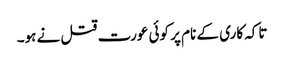
تاکہ کاری کے نام پر کوئی عورت قتل نے ہو۔